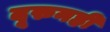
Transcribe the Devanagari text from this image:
दूरुनही